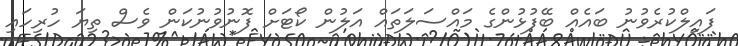
ފައިލްކުރެވުނު ބައެއް ބޭފުޅުންގެ މައްސަލަތައް އަލުން ކޯޓަށް ފޮނުވުނުކަން ވެސް ތިޔަ ހުރިހައި